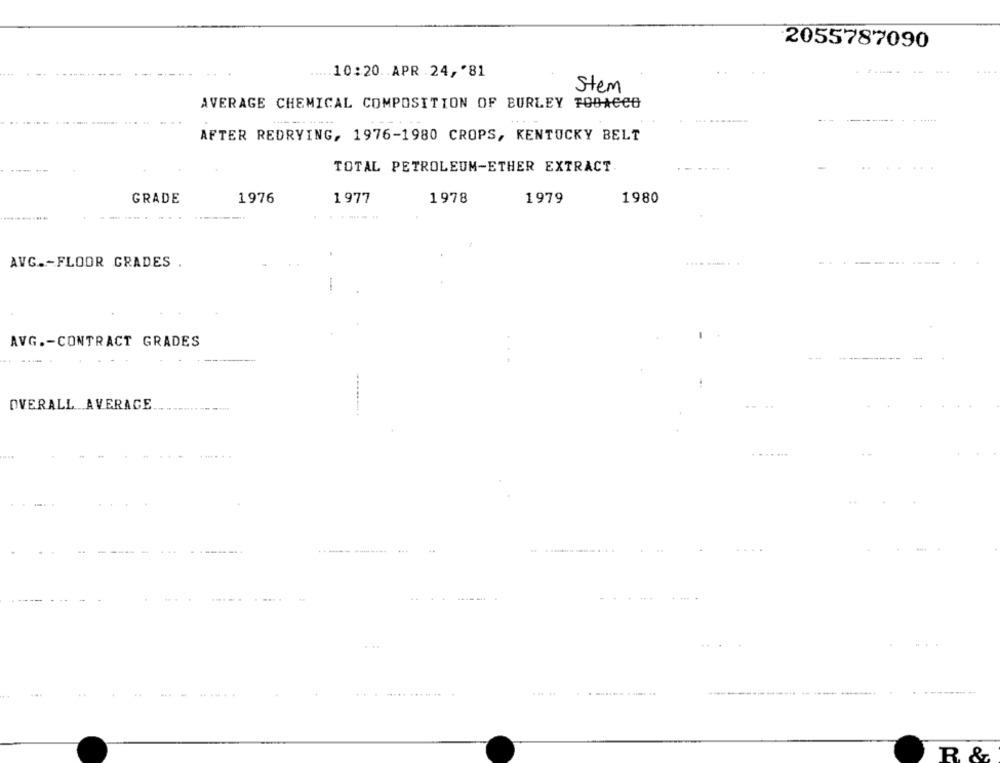
2055787090
..... 10:20. . APR . 24, '81
.......
Stem
AVERAGE CHEMICAL COMPOSITION OF BURLEY TOBACCO
--- ------. . ......
AFTER REDRYING, 1976-1980 CROPS, KENTUCKY BELT
TOTAL PETROLEUM-ETHER EXTRACT.
1978
1979
1980
GRADE
1976
1977
AVG .- FLOOR GRADES
AVG .- CONTRACT GRADES
----
OVERALL AVERAGE
. ... ...
---------. ...
-------...
. ..
......
------
R &